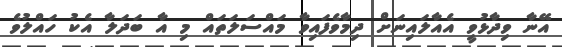
އޭނާ ވިދާޅުވީ އެއާލައިނަށް ދިމާވެފައިވާ މައްސަލަތައް މި އާ ބަދަލާ އެކު ހައްލުވެ